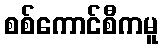
စစ်ကောင်စီကမူ